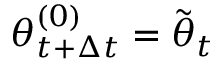
{ \boldsymbol { \theta } } _ { t + \Delta t } ^ { ( 0 ) } = \tilde { { \boldsymbol { \theta } } } _ { t }